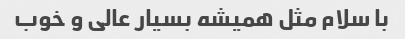
با سلام مثل همیشه بسیار عالی و خوب